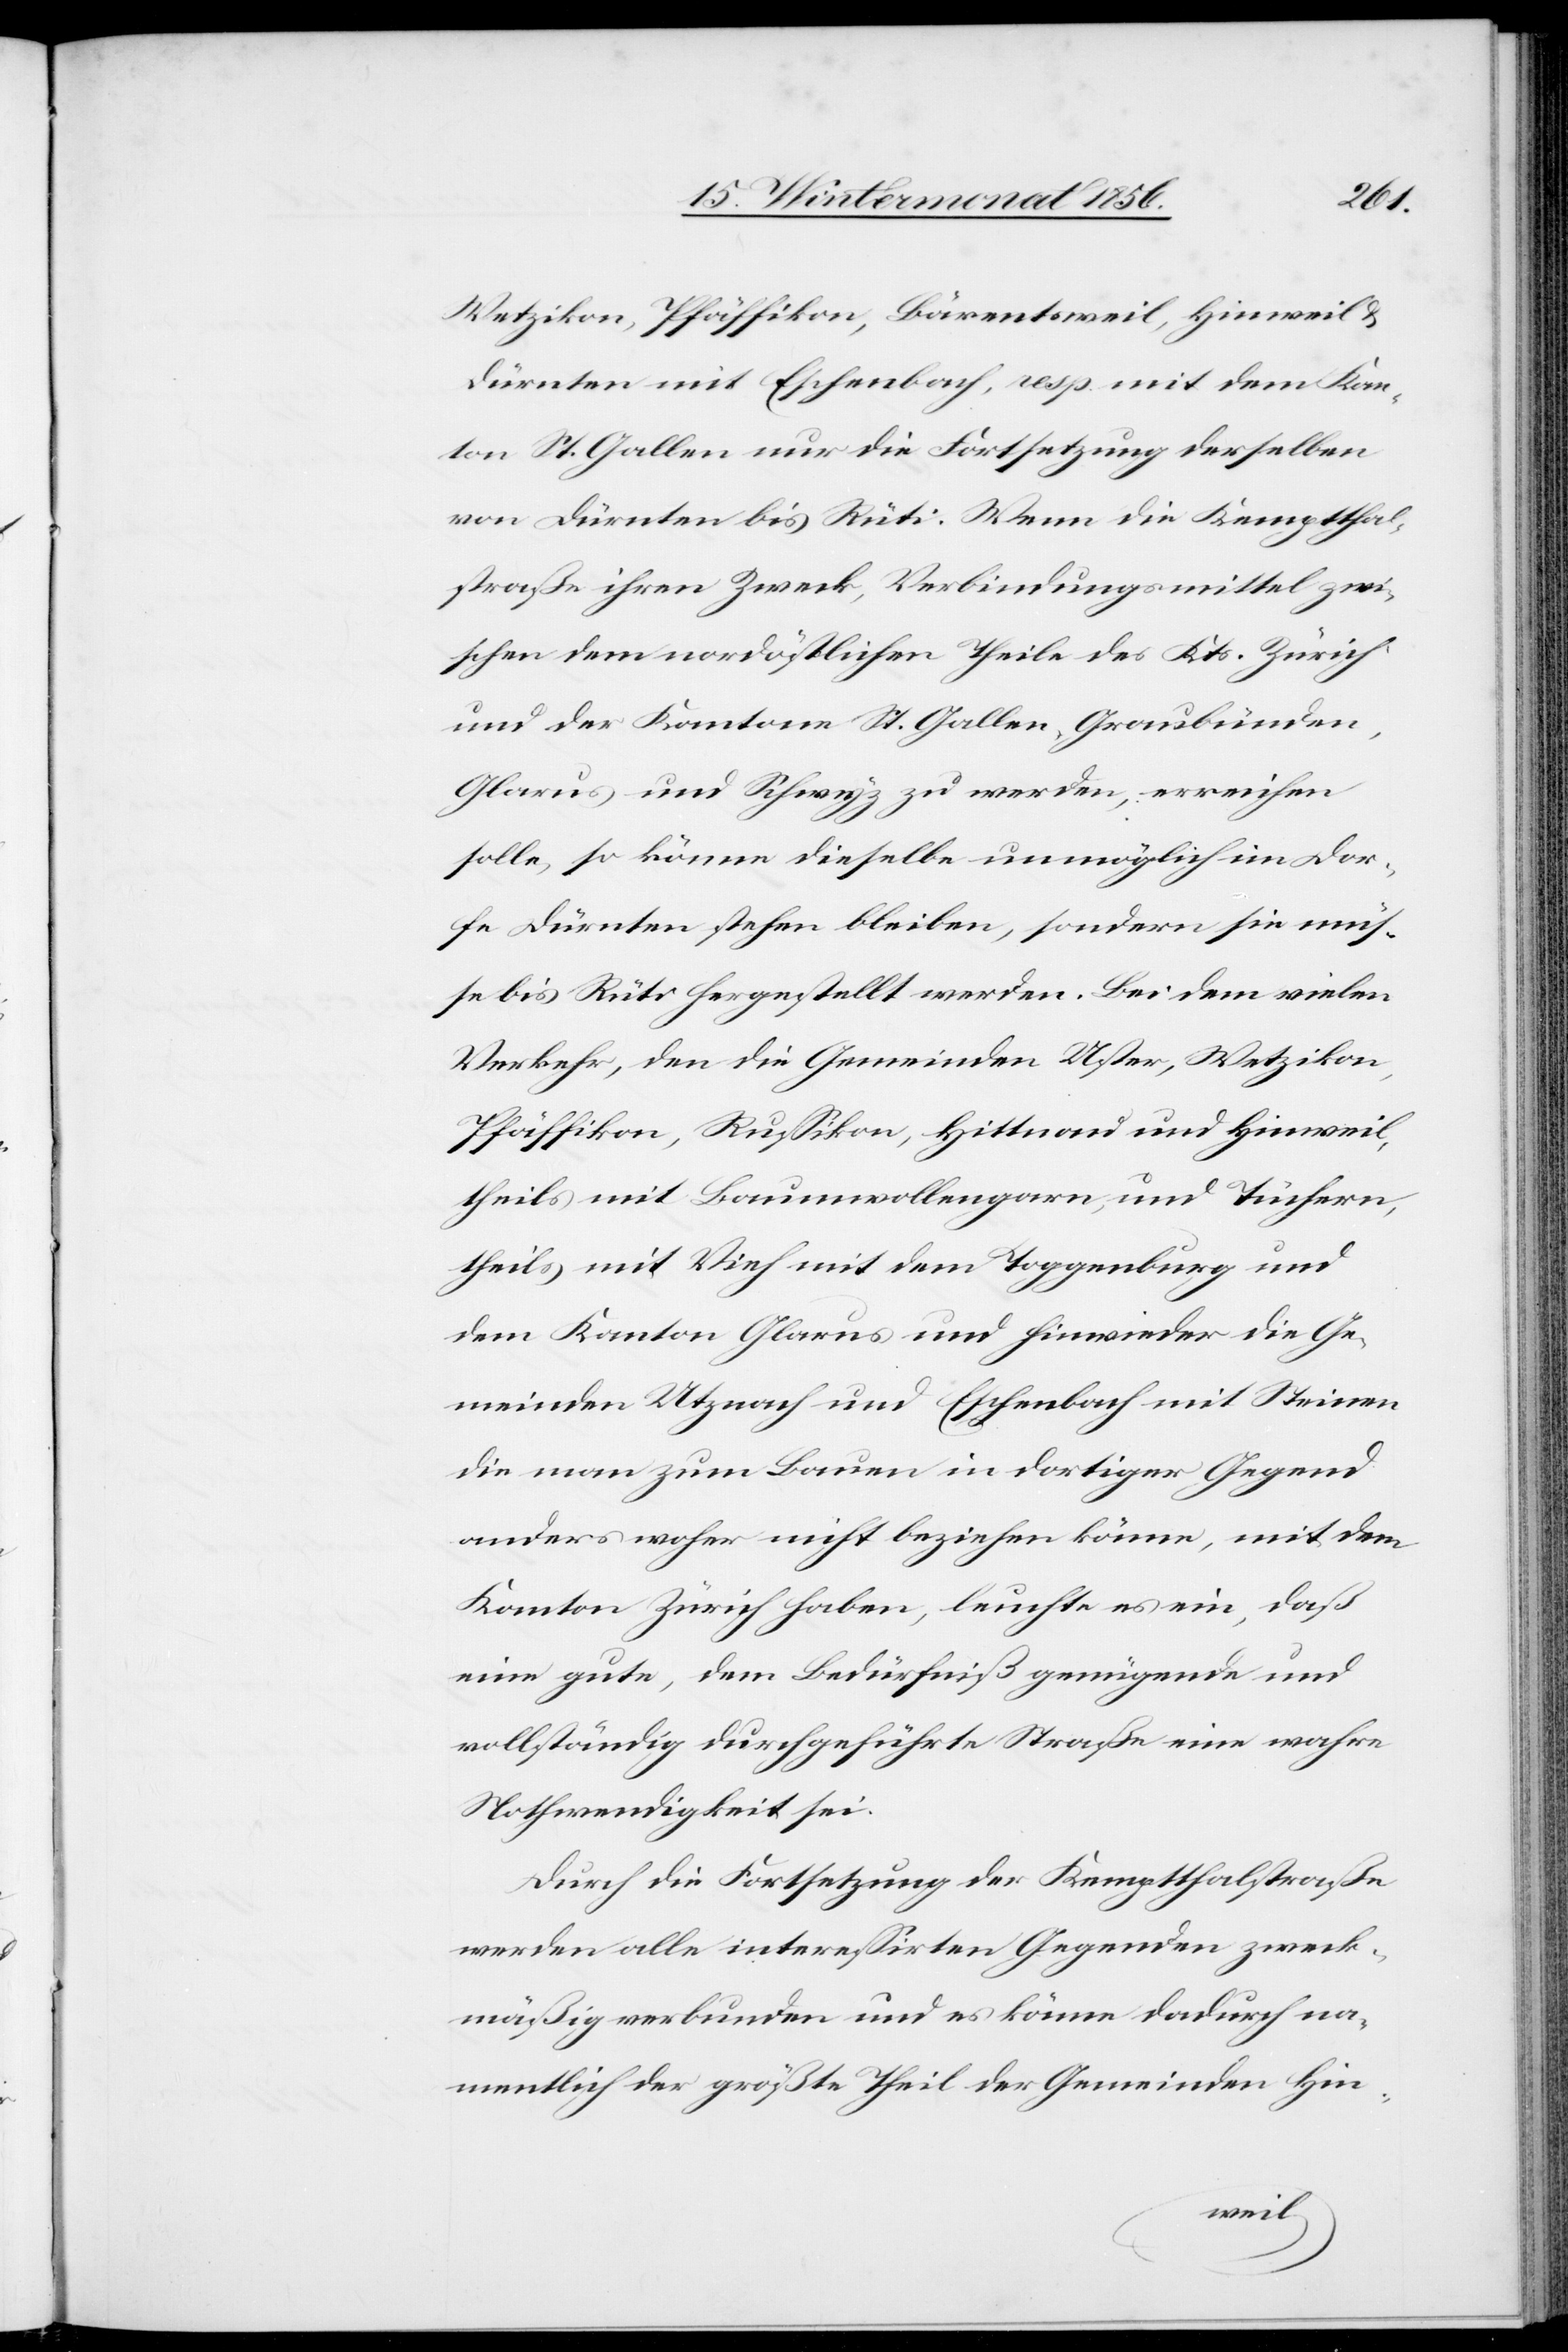
Wetzikon, Pfäffikon, Bärentsweil, Hinweil &
Dürnten mit Eschenbach, resp. mit dem Kan¬
ton St. Gallen nur die Fortsetzung derselben
von Dürnten bis Rüti. Wenn die Kemptthal¬
straße ihren Zweck, Verbindungsmittel zwi¬
schen dem nordöstlichen Theile des Kts. Zürich
und der Kantone St. Gallen, Graubünden,
Glarus und Schwyz zu werden, erreichen
solle, so könne dieselbe unmöglich im Dor¬
fe Dürnten stehen bleiben, sondern sie müs¬
se bis Rüti hergestellt werden. Bei dem vielen
Verkehr, den die Gemeinden Uster, Wetzikon,
Pfäffikon, Russikon, Hittnau und Hinweil,
theils mit Baumwollengarn, und Tüchern,
theils mit Vieh mit dem Toggenburg und
dem Kanton Glarus und hinwieder die Ge¬
meinden Utznach und Eschenbach mit Steinen
die man zum Bauen in dortiger Gegend
anders woher nicht beziehen könne, mit dem
Kanton Zürich haben, leuchte es ein, daß
eine gute, dem Bedürfniß genügende und
vollständig durchgeführte Straße eine wahre
Nothwendigkeit sei.
Durch die Fortsetzung der Kemptthalstraße
werden alle interessirten Gegenden zweck¬
mäßig verbunden und es könne dadurch na¬
mentlich der größte Theil der Gemeinden Hin-